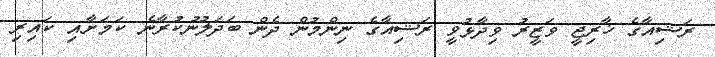
ރަޝިއާގެ ޚާރިޖީ ވަޒީރު ވިދާޅުވީ ރަޝިއާގެ ނިންމުން ދެން ބަދަލުނުކުރާނެ ކަމަށާއި ކައިރި